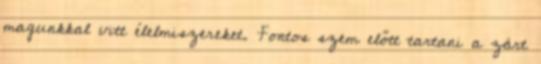
magunkkal vitt élelmiszereket. Fontos szem előtt tartani a zárt